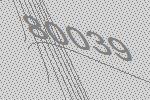
80039